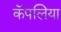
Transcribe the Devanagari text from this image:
कॅपलिया